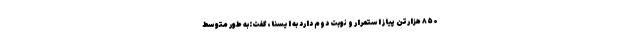
۸۵۰ هزارتن پیاز استمرار و نوبت دوم دارد به ایسنا، گفت:به طور متوسط